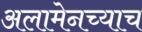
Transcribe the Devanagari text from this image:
अलामेनच्याच